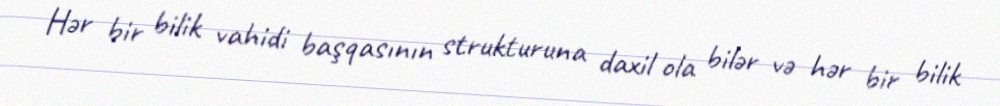
Hər bir bilik vahidi başqasının strukturuna daxil ola bilər və hər bir bilik